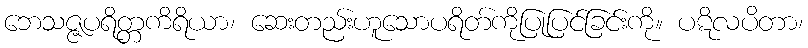
ဘေသဇ္ဇပရိတ္တကိရိယာ၊ ဆေးတည်းဟူသောပရိတ်ကိုပြုပြင်ခြင်းကို။ ပဋိလပိတာ၊